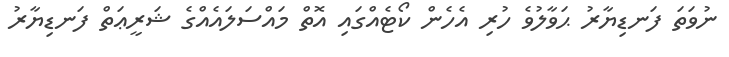
ނުވަތަ ފަނޑިޔާރު ޙަވާލުވެ ހުރި އެހެން ކޯޓެއްގައި އޮތް މައްސަލައެއްގެ ޝަރީޢަތް ފަނޑިޔާރު